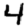
Digit: 4